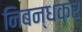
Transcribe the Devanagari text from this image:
निबन्धकर